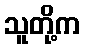
သူတို့က